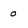
Character: 0